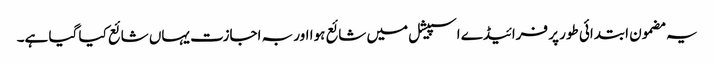
یہ مضمون ابتدائی طور پر فرائیڈے اسپیشل میں شائع ہوا اور بہ اجازت یہاں شائع کیا گیا ہے۔